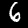
Label: 6